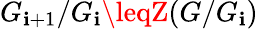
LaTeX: G_{\mathbf{i}+1}/G_{\mathbf{i}}\leqZ(G/G_{\mathbf{i}})